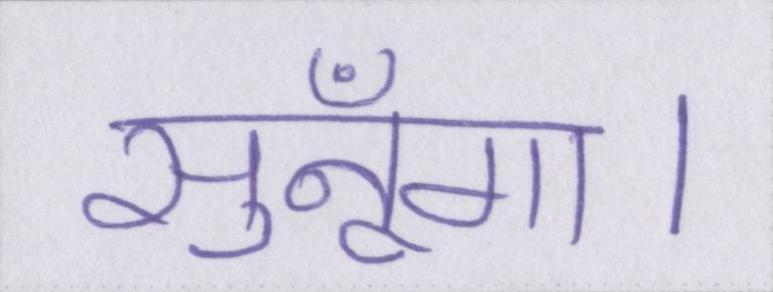
सुनूँगा।